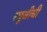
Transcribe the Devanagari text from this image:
रघूजीची